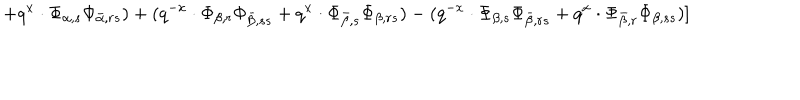
+ q ^ { x } \cdot \Phi _ { \alpha , s } \Phi _ { \bar { \alpha } , r s } ) + ( q ^ { - x } \cdot \Phi _ { \beta , r } \Phi _ { \bar { \beta } , s s } + q ^ { x } \cdot \Phi _ { \bar { \beta } , s } \Phi _ { \beta , r s } ) - ( q ^ { - x } \cdot \Phi _ { \beta , s } \Phi _ { \bar { \beta } , r s } + q ^ { x } \cdot \Phi _ { \bar { \beta } , r } \Phi _ { \beta , s s } ) ]